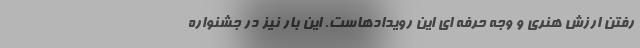
رفتن ارزش هنری و وجه حرفه ای این رویدادهاست. این بار نیز در جشنواره